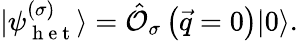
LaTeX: |\psi_{\mathrm{~h~e~t~}}^{\left(\sigma\right)}\rangle=\hat{\mathcal{O}}_{\sigma}\left(\vec{q}=0\right)|0\rangle.